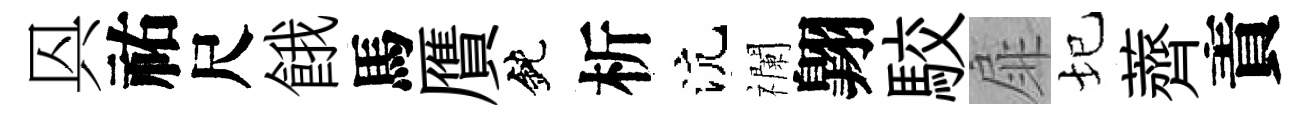
㒷祐尺餓馬贋鈍析沆襴翺駮扉圮薺責